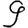
Digit: 9